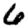
Digit: 6